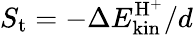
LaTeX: S_{\mathrm{t}}=-\Delta E_{\mathrm{kin}}^{\mathrm{H^{+}}}/d